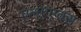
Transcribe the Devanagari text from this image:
एलएएक्स